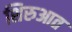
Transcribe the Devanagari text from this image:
शिरुआत